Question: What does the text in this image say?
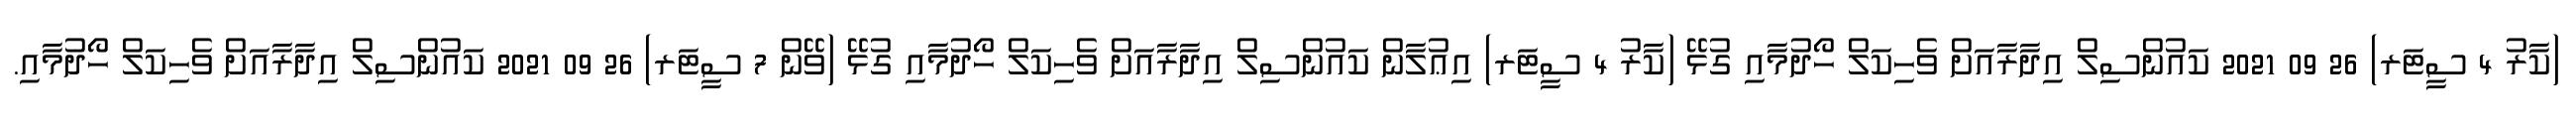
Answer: (ކާރު 4 ސީޓަރ) 26 09 2021 ކައުންސިލް އިދާރާއަށް ވެހިކަލް ހޯދުމާއި ގުޅޭ (ކާރު 4 ސީޓަރ) އިޢުލާން ކައުންސިލް އިދާރާއަށް ވެހިކަލް ހޯދުމާއި ގުޅޭ (ވޭން 7 ސީޓަރ) 26 09 2021 ކައުންސިލް އިދާރާއަށް ވެހިކަލް ހޯދުމާއި.